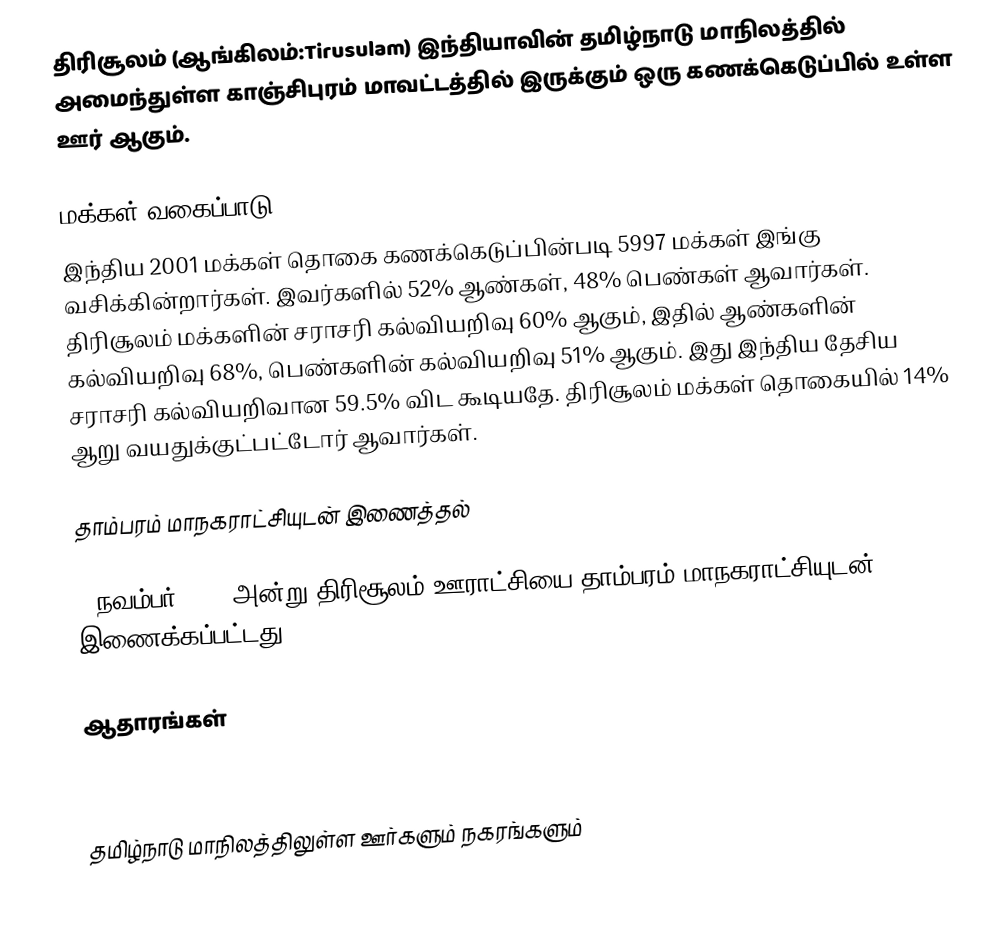
திரிசூலம் (ஆங்கிலம்:Tirusulam) இந்தியாவின் தமிழ்நாடு மாநிலத்தில் அமைந்துள்ள காஞ்சிபுரம் மாவட்டத்தில் இருக்கும் ஒரு கணக்கெடுப்பில் உள்ள ஊர்  ஆகும்.

மக்கள் வகைப்பாடு
இந்திய 2001 மக்கள் தொகை கணக்கெடுப்பின்படி 5997 மக்கள் இங்கு வசிக்கின்றார்கள். இவர்களில் 52% ஆண்கள், 48% பெண்கள் ஆவார்கள். திரிசூலம் மக்களின் சராசரி கல்வியறிவு 60% ஆகும்,  இதில் ஆண்களின் கல்வியறிவு 68%,  பெண்களின் கல்வியறிவு 51% ஆகும். இது இந்திய தேசிய சராசரி கல்வியறிவான 59.5% விட கூடியதே. திரிசூலம் மக்கள் தொகையில் 14%  ஆறு வயதுக்குட்பட்டோர் ஆவார்கள்.

தாம்பரம் மாநகராட்சியுடன் இணைத்தல்

3 நவம்பர் 2021 அன்று திரிசூலம் ஊராட்சியை  தாம்பரம் மாநகராட்சியுடன் இணைக்கப்பட்டது.

ஆதாரங்கள்



தமிழ்நாடு மாநிலத்திலுள்ள ஊர்களும் நகரங்களும்